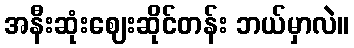
အနီးဆုံးဈေးဆိုင်တန်း ဘယ်မှာလဲ။